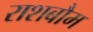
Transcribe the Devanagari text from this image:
राशबौम